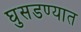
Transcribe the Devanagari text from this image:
घुसडण्यात